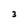
Character: 3